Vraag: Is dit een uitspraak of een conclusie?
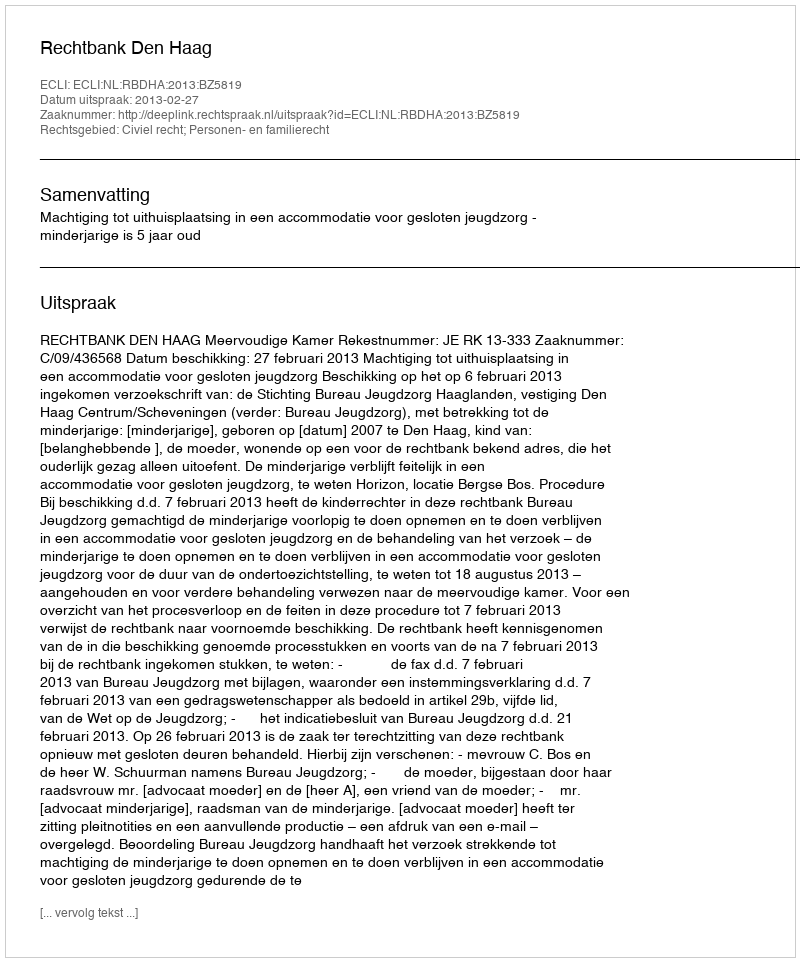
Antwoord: Uitspraak